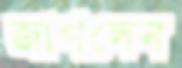
জাগলেন